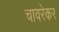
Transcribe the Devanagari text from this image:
चावरेकर